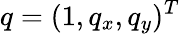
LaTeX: q=(1,q_{x},q_{y})^{T}